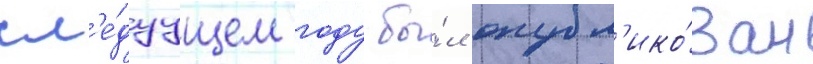
сл'е́дуущем году бы́л опубл'ико́ван